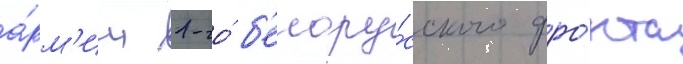
а́рм'ии 1-го́ б'елору́сского фро́нта